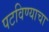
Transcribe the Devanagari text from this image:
पटविण्याचा